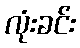
လုံးခင်း